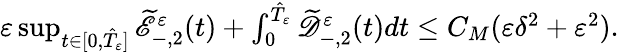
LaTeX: \begin{array}{r}{\varepsilon\operatorname*{sup}_{t\in[0,\hat{T}_{\varepsilon}]}\widetilde{\mathscr E}_{-,2}^{\varepsilon}(t)+\int_{0}^{\hat{T}_{\varepsilon}}\widetilde{\mathscr D}_{-,2}^{\varepsilon}(t)dt\leq C_{M}(\varepsilon\delta^{2}+\varepsilon^{2}).}\end{array}